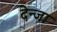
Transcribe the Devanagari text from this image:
देन्जा